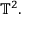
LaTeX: \mathbb { T } ^ { 2 } .